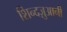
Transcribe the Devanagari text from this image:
शिन्दज़ुआनी